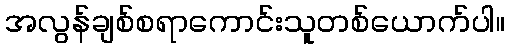
အလွန်ချစ်စရာကောင်းသူတစ်ယောက်ပါ။